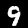
Digit: 9